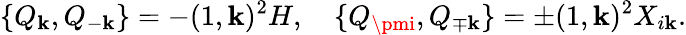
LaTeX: \{ Q_{\mathbf{k}},Q_{-\mathbf{k}}\} =-(1,\mathbf{k})^{2}H,\quad\{ Q_{\pmi},Q_{\mp\mathbf{k}}\} =\pm(1,\mathbf{k})^{2}X_{i\mathbf{k}}.